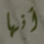
أنها